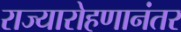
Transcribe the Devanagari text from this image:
राज्यारोहणानंतर